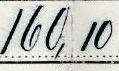
160,10